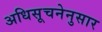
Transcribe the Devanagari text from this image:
अधिसूचनेनुसार